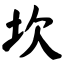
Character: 坎